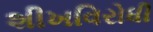
શીખવિરોધી